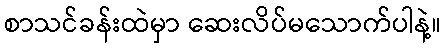
စာသင်ခန်းထဲမှာ ဆေးလိပ်မသောက်ပါနဲ့။